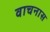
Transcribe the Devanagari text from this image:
वाचनास